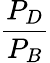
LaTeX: \frac{P_{D}}{P_{B}}